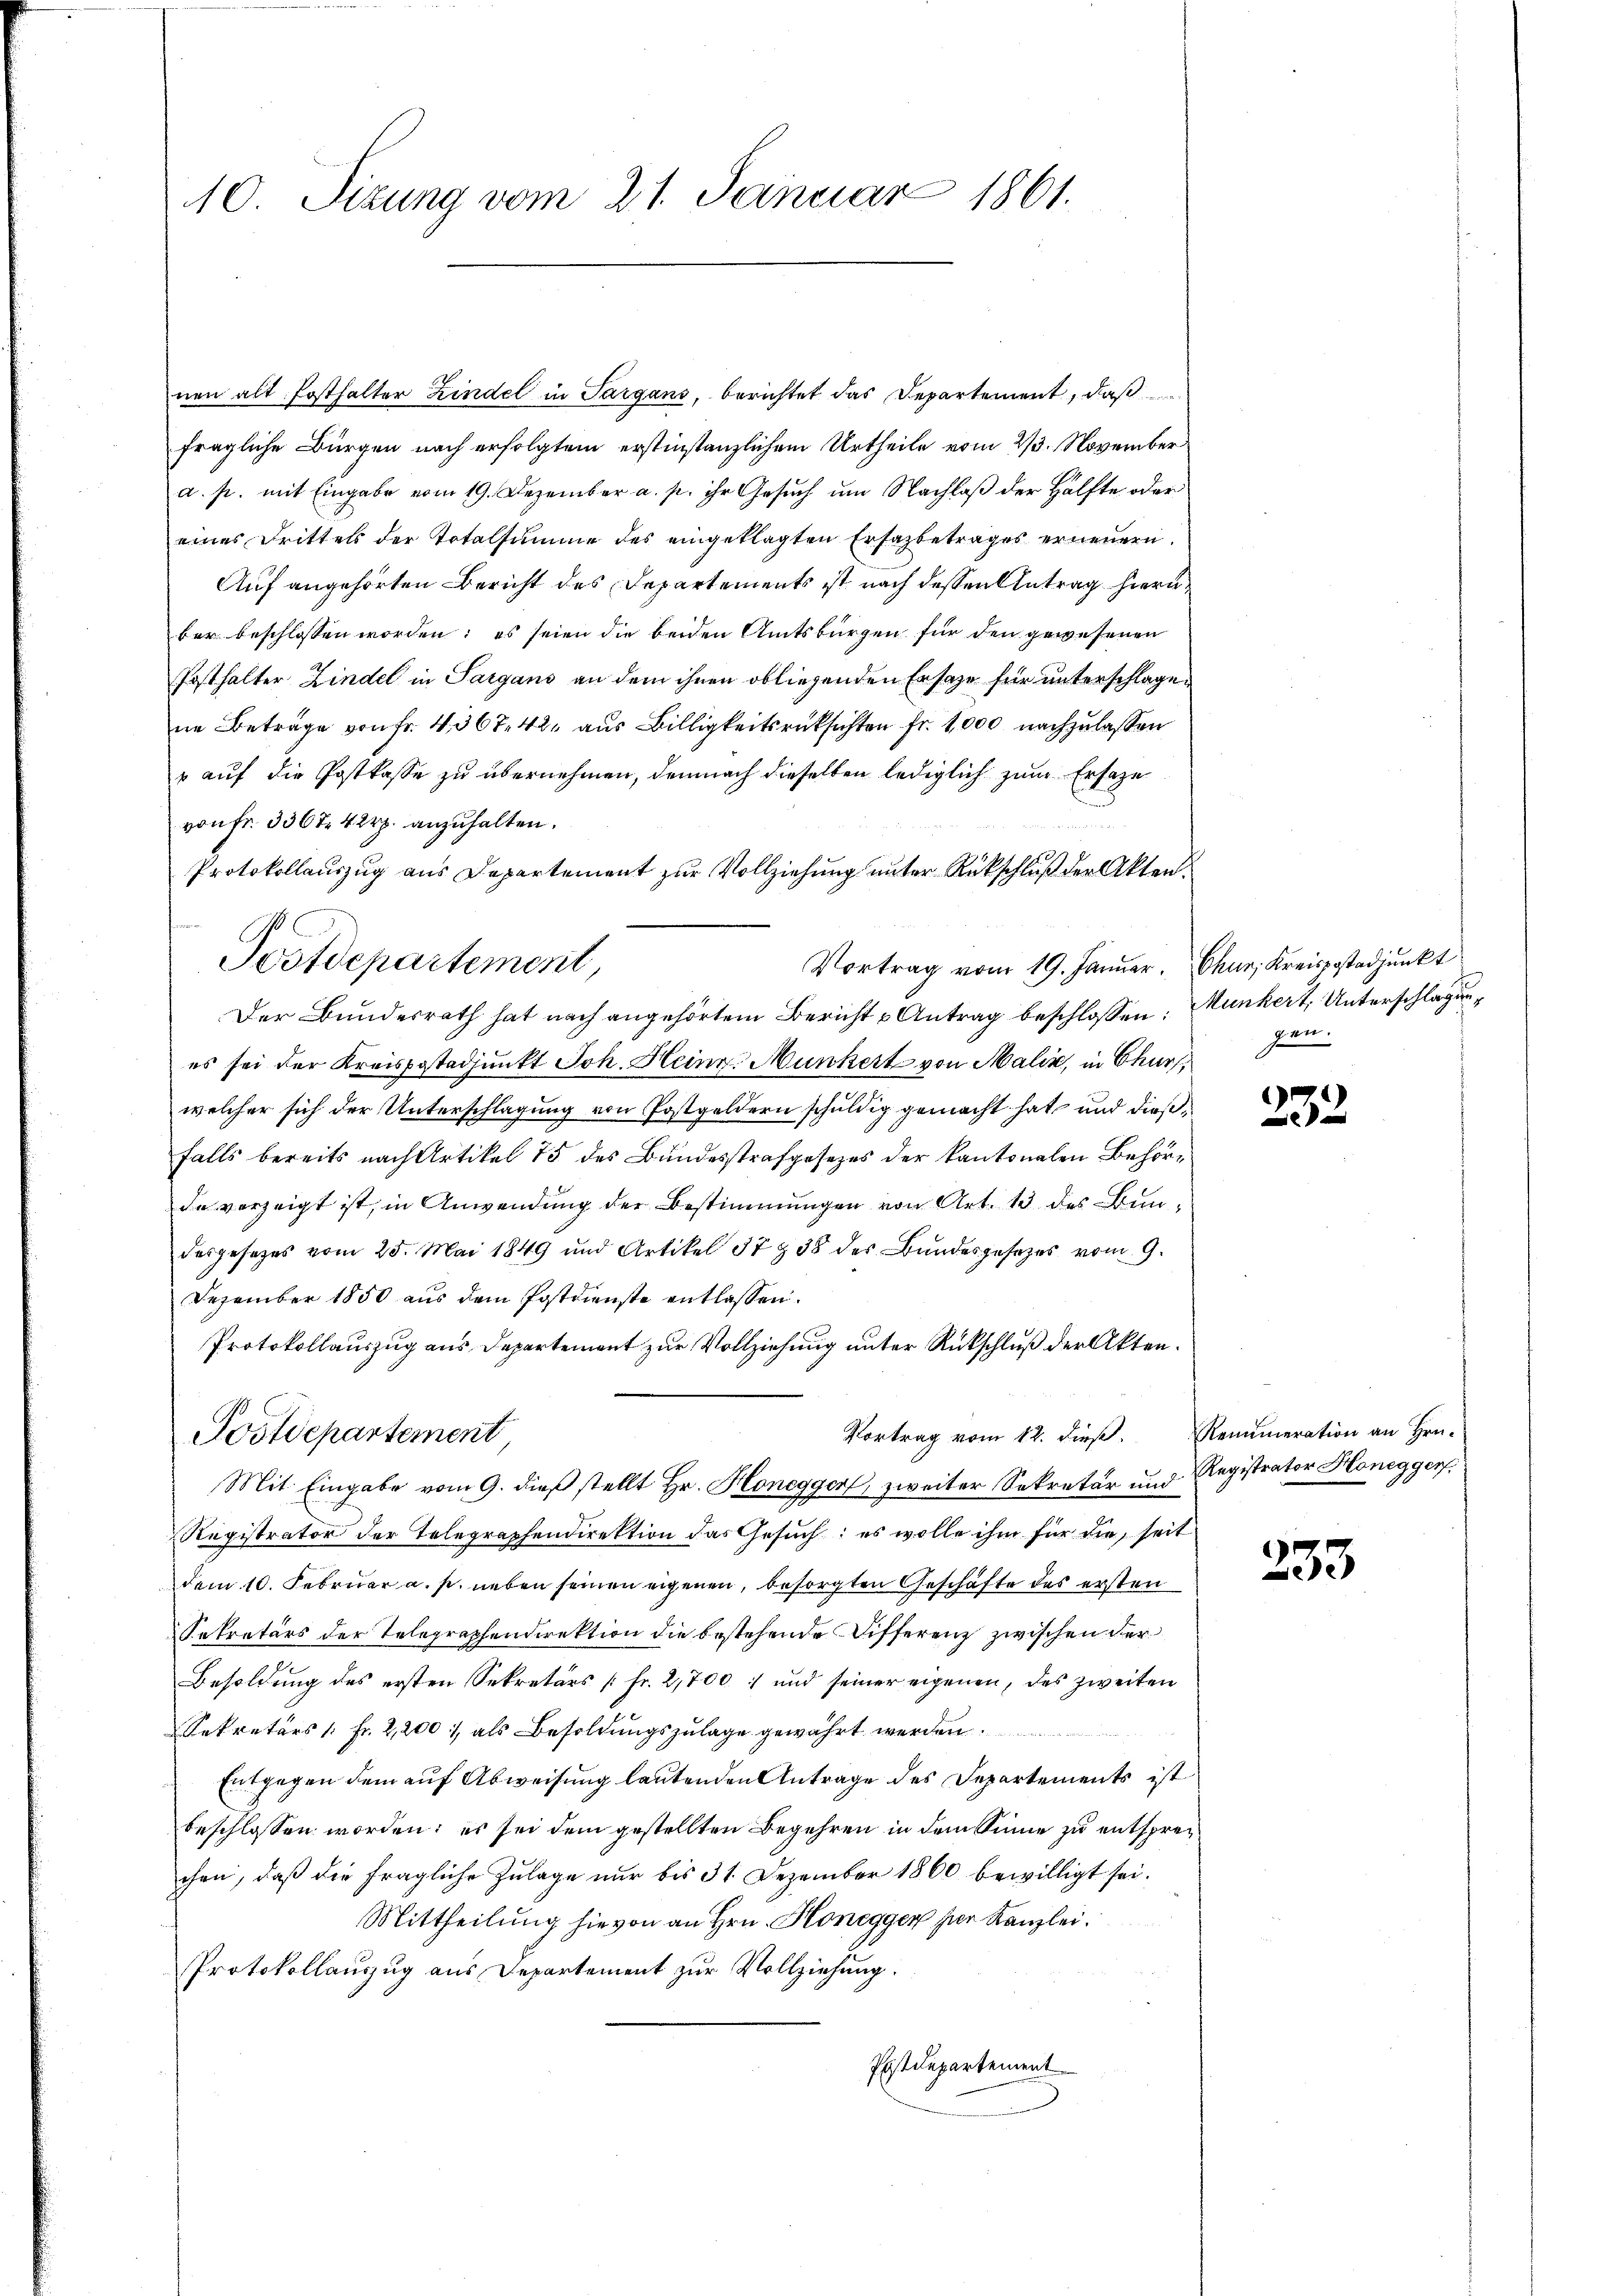
fragliche Bürgen nach erfolgtem erstinstanzlichem Urtheile vom 23. November
a. p. mit Eingabe vom 19. Dezember a. p. ihr Gesŭch ŭm Nachlaβ der Hälfte oder
eines Drittels der Totalsumme des eingeklagten Erfazbetrages erneuern.
Auf angehörten Bericht des Departements ist nach dessen Antrag hierüber beschlossen worden; es seien die beiden Amtsbürgen für den gewesenen
Posthalter Kindel in Sargans an dem ihnen obliegenden Ersatze für unterschlagen
ne Beträge von Fr. 4367. 42 aus Billigkeitsrücksichten fr. 1000 nachzulassen
" auf die Postkasse zu übernehmen, demnach dieselben lediglich zum Ersatze
von Fr. 3364 Rp. anzuhalten.
Protokollauszug aus Departement zur Vollziehung unter Rückschluß der Akten.
Postdepartement,
Vortrag vom 19. Januar.
Der Bundesrath hat nach angehörtem Bericht u Antrag beschlossen Munkert, Unterschlagun
es sei der Kreispostadjunkt Joh. Heinr. Munkert von Malix, in Chur,
welcher sich der Unterschlagung von Postgeldern schuldig gemacht hat, und dießfalls bereits nach Artikel 75 des Bundesstrafgesezes der kantonalen Behörde verzeigt ist, in Anwendung der Bestimmungen von Art. 13 des Bundesgesezes vom 25. Mai 1849 und Artikel 37 § 38 des Bŭndesgesetzes vom 9.
Dezember 1850 aus dem Postdienste entlassen.
Protokollauszug aus Departement zur Vollziehung unter Rückschluß der Akten.
Vortrag vom 12. dieß. Renumeration an Hrn.
Postdepartement
Mit Eingabe vom 9. dieß stellt Hr. Honegger, zweiter Sekretär und Registrator Honeggers.
Registrator der Telegraphendirektion das Gesŭch: es wolle ihm für die, seit
dem 10. Februar a. p. neben seinen eigenen, besorgten Geschäfte des ersten
Sekretärs der Telegraphendirektion die bestehende Differenz zwischen der¬
Besoldung des ersten Sekretärs [Fr. 2,700 : und seiner eigenen, des zweiten
Sekretärs /: Fr. 2,200, als Besoldungszulage gewährt werden.
Entgegen dem auf Abweisung lautenden Antrage des Departements ist
beschlossen worden; es sei dem gestellten Begehren in dem Sinne zu entsprechen, daß die fragliche Zulage nur bis 31. Dezember 1860 bewilligt sei.
Mittheilung hievon an Hrn. Honeggen per Kanzlei.
Protokollauszug aus Departement zur Vollziehung.
Pbstdepartement

10. Sizung vom 21. Januar 1861.

nen alt. Posthalter Hindel in Sargans, berichtet das Departement, daß

Chur, Kreisgestadjunkt
gen.

333.

235